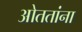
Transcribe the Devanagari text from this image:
ओततांना